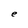
Character: e